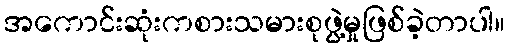
အကောင်းဆုံးကစားသမားစုဖွဲ့မှုဖြစ်ခဲ့တာပါ။